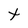
Character: t